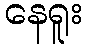
နေရူး